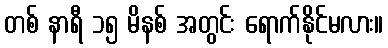
တစ် နာရီ ၁၅ မိနစ် အတွင်း ရောက်နိုင်မလား။